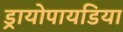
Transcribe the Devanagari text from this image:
ड्रायोपायडिया